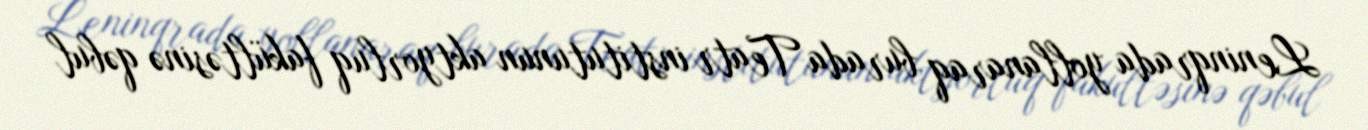
Leninqrada yollanaraq burada Teatr institutunun aktyorluq fakültəsinə qəbul